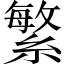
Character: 繁